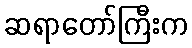
ဆရာတော်ကြီးက